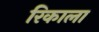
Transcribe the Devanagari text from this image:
रिकाला